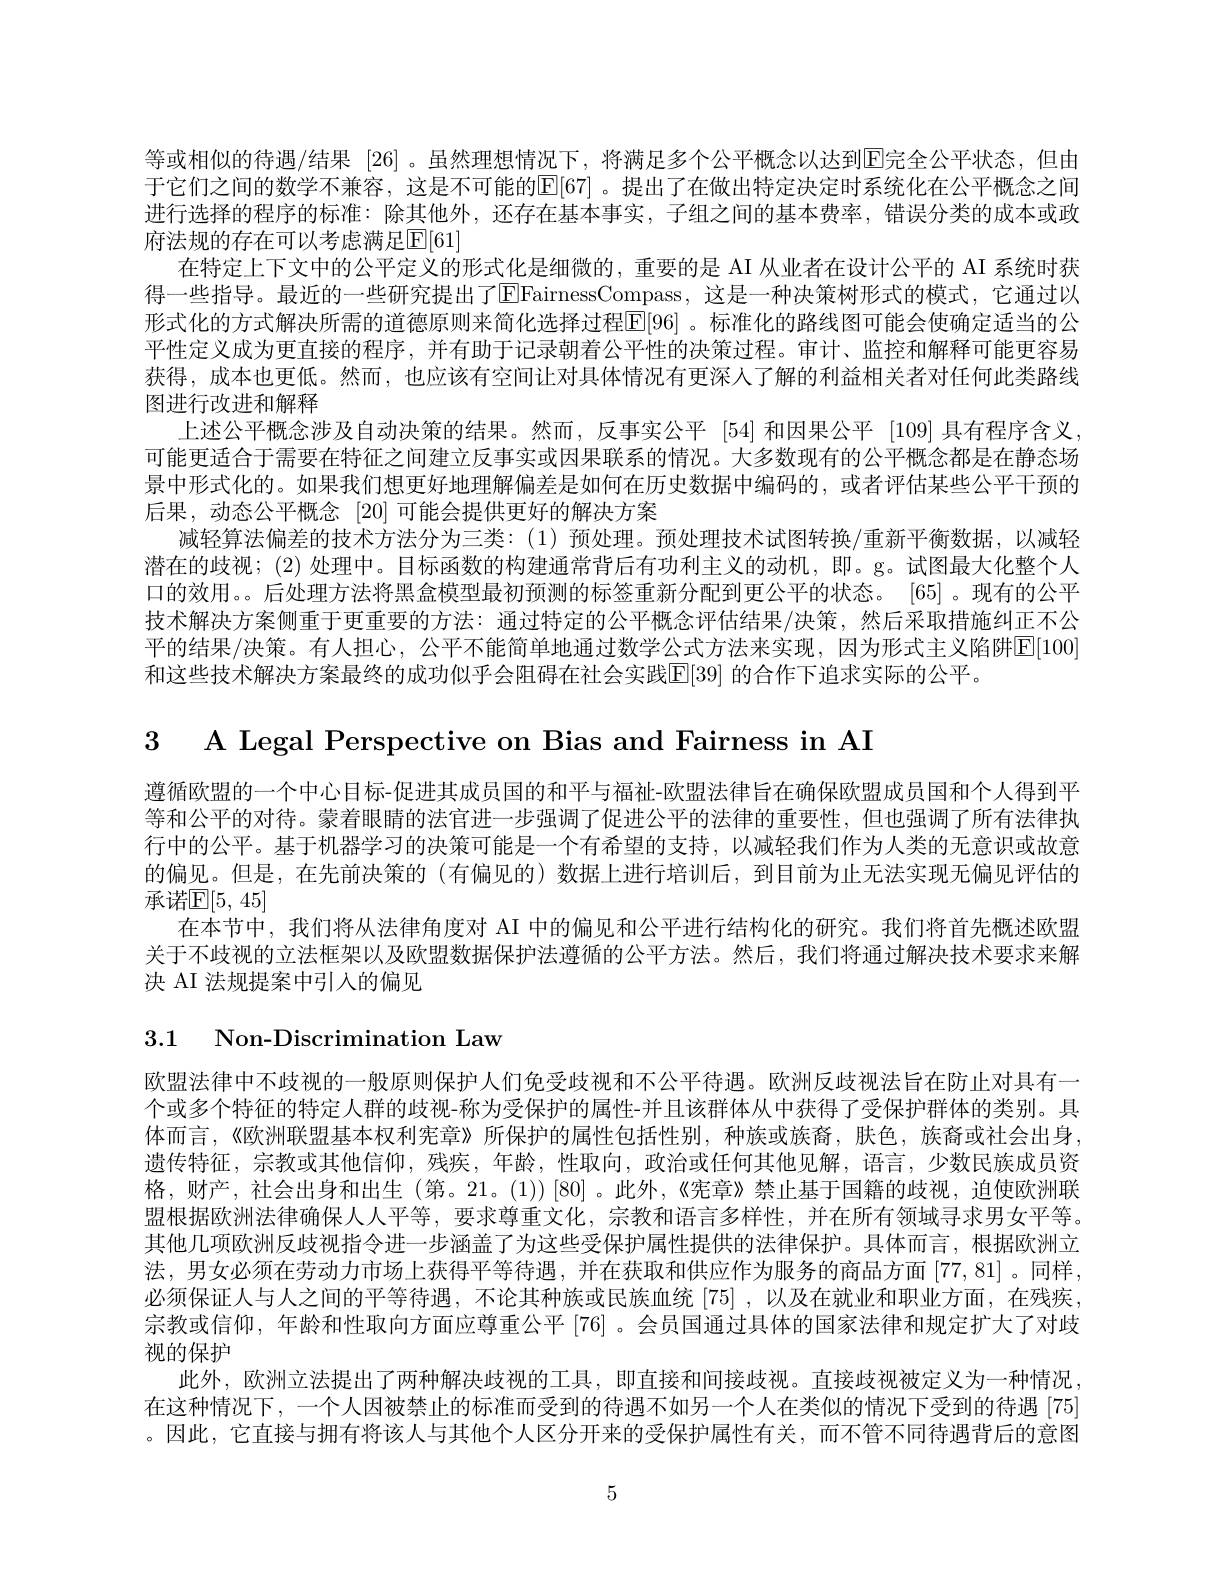
等或相似的待遇/结果 [26] 。虽然理想情况下，将满足多个公平概念以达到E完全公平状态，但由于它们之间的数学不兼容，这是不可能的$\mathbb{E}[67]$ 。提出了在做出特定决定时系统化在公平概念之间进行选择的程序的标准：除其他外，还存在基本事实，子组之间的基本费率，错误分类的成本或政府法规的存在可以考虑满足$\mathbb{E}[61]$
在特定上下文中的公平定义的形式化是细微的，重要的是 AI 从业者在设计公平的 AI 系统时获得一些指导。最近的一些研究提出了$\overline{\mathrm{E}}$FairnessCompass,这是一种决策树形式的模式，它通过以形式化的方式解决所需的道德原则来简化选择过程$\mathbb{E}[96]$ 。标准化的路线图可能会使确定适当的公平性定义成为更直接的程序，并有助于记录朝着公平性的决策过程。审计、监控和解释可能更容易获得，成本也更低。然而，也应该有空间让对具体情况有更深人了解的利益相关者对任何此类路线图进行改进和解释
上述公平概念涉及自动决策的结果。然而，反事实公平 [54] 和因果公平 [109] 具有程序含义可能更适合于需要在特征之间建立反事实或因果联系的情况。大多数现有的公平概念都是在静态场景中形式化的。如果我们想更好地理解偏差是如何在历史数据中编码的，或者评估某些公平干预的后果，动态公平概念[20]可能会提供更好的解决方案
减轻算法偏差的技术方法分为三类：(1)预处理。预处理技术试图转换/重新平衡数据，以减轻潜在的歧视；(2)处理中。目标函数的构建通常背后有功利主义的动机，即。g。试图最大化整个人口的效用。。后处理方法将黑盒模型最初预测的标签重新分配到更公平的状态。[65] 。现有的公平技术解决方案侧重于更重要的方法：通过特定的公平概念评估结果/决策，然后采取措施纠正不公平的结果/决策。有人担心，公平不能简单地通过数学公式方法来实现，因为形式主义陷阱E[100] 和这些技术解决方案最终的成功似乎会阻碍在社会实践$\mathbb{E}[39]$ 的合作下追求实际的公平。

3 A Legal Perspective on Bias and Fairness in AI

遵循欧盟的一个中心目标-促进其成员国的和平与福祉-欧盟法律旨在确保欧盟成员国和个人得到平等和公平的对待。蒙着眼睛的法官进一步强调了促进公平的法律的重要性，但也强调了所有法律执行中的公平。基于机器学习的决策可能是一个有希望的支持，以减轻我们作为人类的无意识或故意的偏见。但是，在先前决策的(有偏见的)数据上进行培训后，到目前为止无法实现无偏见评估的承诺$\mathbb{E}[5,45]$
在本节中，我们将从法律角度对 AI 中的偏见和公平进行结构化的研究。我们将首先概述欧盟关于不歧视的立法框架以及欧盟数据保护法遵循的公平方法。然后，我们将通过解决技术要求来解决 AI 法规提案中引入的偏见

3.1 Non-Discrimination Law

欧盟法律中不歧视的一般原则保护人们免受歧视和不公平待遇。欧洲反歧视法旨在防止对具有一个或多个特征的特定人群的歧视-称为受保护的属性-并且该群体从中获得了受保护群体的类别。具体而言，《欧洲联盟基本权利宪章》所保护的属性包括性别，种族或族裔，肤色，族裔或社会出身遗传特征，宗教或其他信仰，残疾，年龄，性取向，政治或任何其他见解，语言，少数民族成员资格，财产，社会出身和出生(第。21。(1))[80]。此外，《宪章》禁止基于国籍的歧视，迫使欧洲联盟根据欧洲法律确保人人平等，要求尊重文化，宗教和语言多样性，并在所有领域寻求男女平等。其他几项欧洲反歧视指令进一步涵盖了为这些受保护属性提供的法律保护。具体而言，根据欧洲立法，男女必须在劳动力市场上获得平等待遇，并在获取和供应作为服务的商品方面[77,81]。同样必须保证人与人之间的平等待遇，不论其种族或民族血统[75] ,以及在就业和职业方面，在残疾宗教或信仰，年龄和性取向方面应尊重公平[76] 。会员国通过具体的国家法律和规定扩大了对歧视的保护
此外，欧洲立法提出了两种解决歧视的工具，即直接和间接歧视。直接歧视被定义为一种情况在这种情况下，一个人因被禁止的标准而受到的待遇不如另一个人在类似的情况下受到的待遇[75] 。因此，它直接与拥有将该人与其他个人区分开来的受保护属性有关，而不管不同待遇背后的意图

5